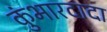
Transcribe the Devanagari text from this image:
कुंभारदादा